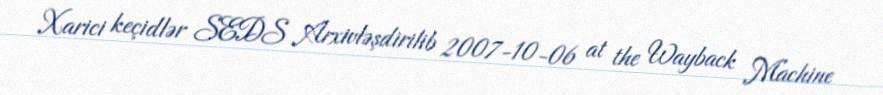
Xarici keçidlər SEDS Arxivləşdirilib 2007-10-06 at the Wayback Machine